Vana-Varbla_(Saulepi)_vallavalitsus, lk 3
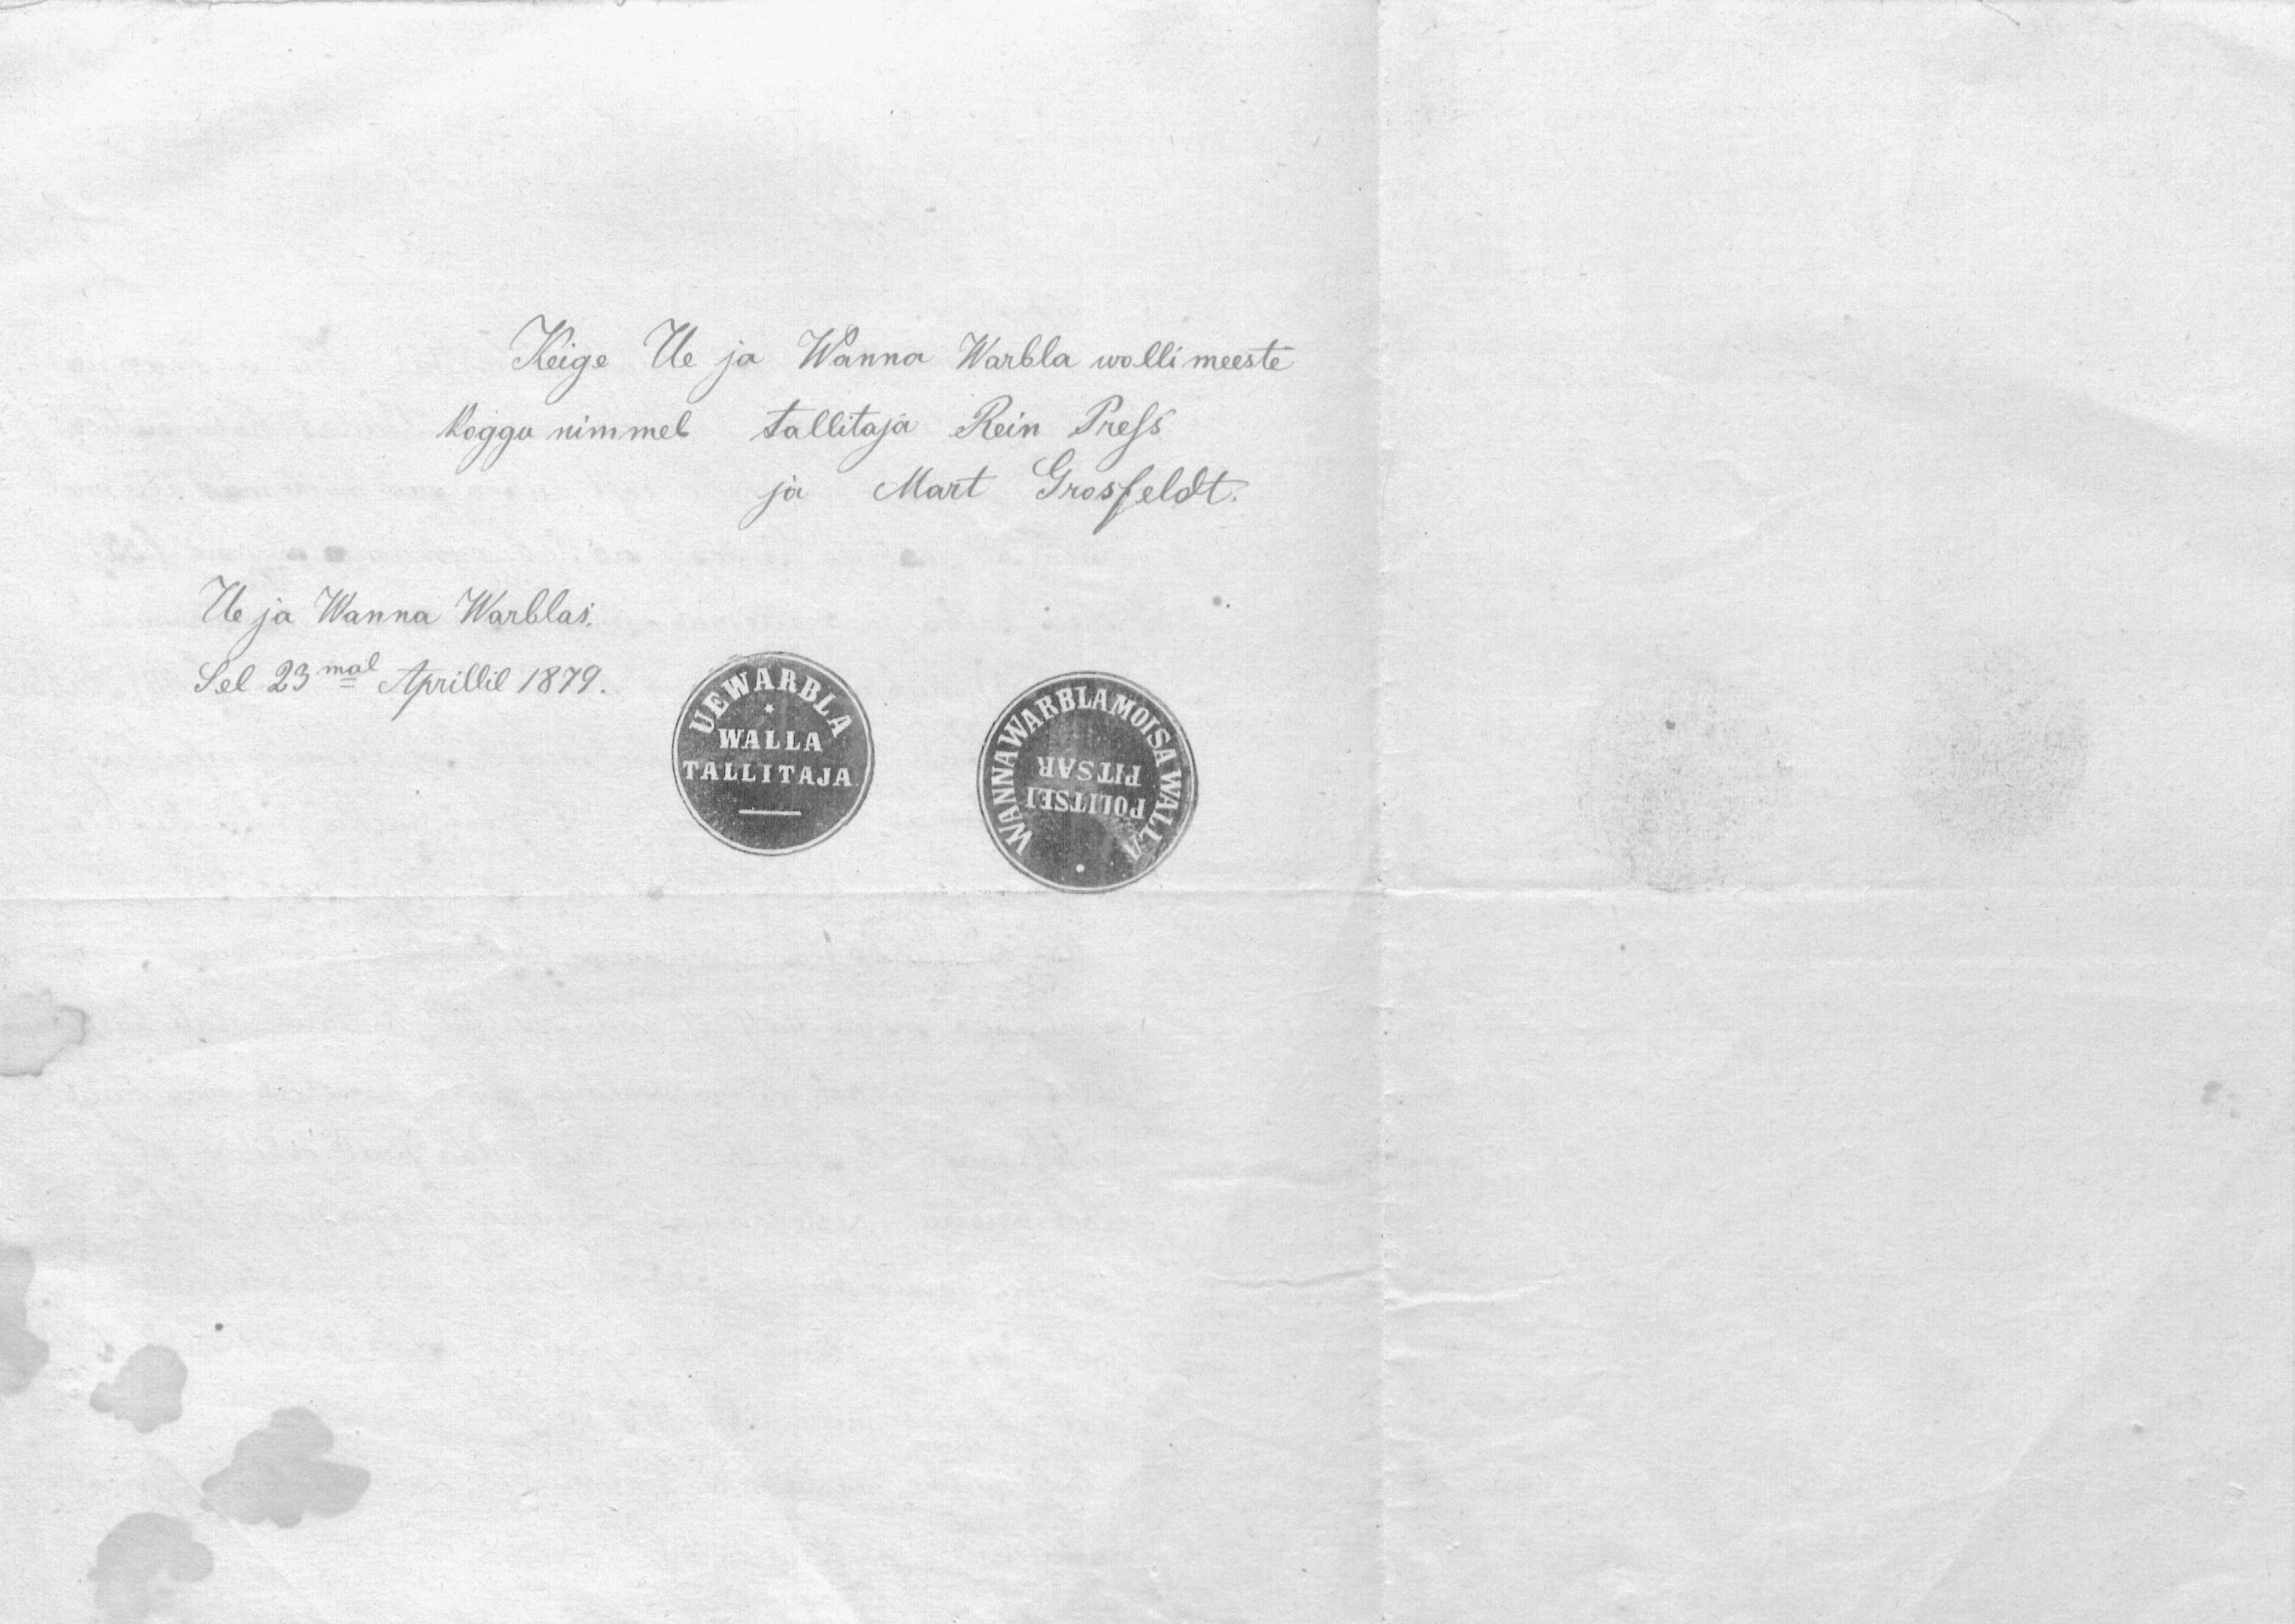
Keige Ue ja Wanna Warbla wollimeeste
koggu nimmel tallitaja Rein Press
ja Mart Grosfeldt.
Ue ja Wanna Warblas.
Sel 23mal Aprillil 1879.